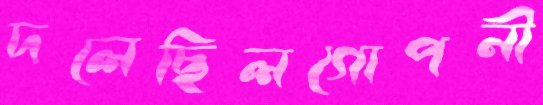
দলেছিলগোপনী